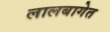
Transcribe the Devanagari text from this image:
लालबागेत